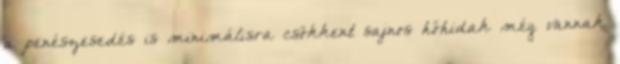
a penészesedés is minimálisra csökkent sajnos hőhidak még vannak